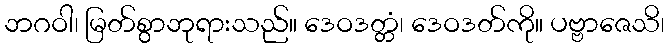
ဘဂဝါ၊ မြတ်စွာဘုရားသည်။ ဒေဝဒတ္တံ၊ ဒေဝဒတ်ကို။ ပဗ္ဗာဇေသိ၊